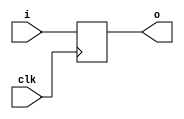
// This program was cloned from: https://github.com/chipsalliance/yosys-f4pga-plugins
// License: Apache License 2.0

// Copyright 2020-2022 F4PGA Authors
//
// Licensed under the Apache License, Version 2.0 (the "License");
// you may not use this file except in compliance with the License.
// You may obtain a copy of the License at
//
//     http://www.apache.org/licenses/LICENSE-2.0
//
// Unless required by applicable law or agreed to in writing, software
// distributed under the License is distributed on an "AS IS" BASIS,
// WITHOUT WARRANTIES OR CONDITIONS OF ANY KIND, either express or implied.
// See the License for the specific language governing permissions and
// limitations under the License.
//
// SPDX-License-Identifier: Apache-2.0

module top (
    input  clk,
    input  i,
    output o
);

  reg [0:0] outff = 0;

  assign o = outff;

  always @(posedge clk) begin
    outff <= i;
  end

endmodule